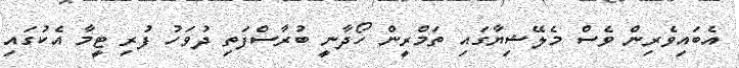
އެބައިވެރިން ވެސް މެލޭޝިޔާގައި ތަމްރީން ހޯދާނީ ބުރާސްފަތި ދުވަހު ފުރި ޓީމާ އެކުގައި